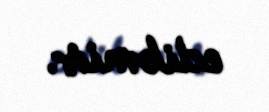
edibmiş.